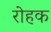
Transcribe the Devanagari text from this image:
रोहक